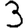
Digit: 3